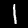
Digit: 1